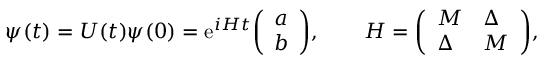
\psi ( t ) = U ( t ) \psi ( 0 ) = \mathrm { { e } } ^ { i H t } { \left( \begin{array} { l } { a } \\ { b } \end{array} \right) } , \qquad H = { \left( \begin{array} { l l } { M } & { \Delta } \\ { \Delta } & { M } \end{array} \right) } ,